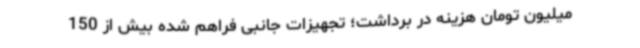
میلیون تومان هزینه در برداشت؛ تجهیزات جانبی فراهم شده بیش از 150